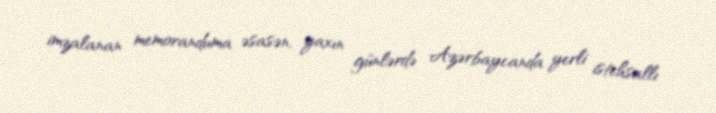
imzalanan memoranduma əsasən, yaxın günlərdə Azərbaycanda yerli istehsallı